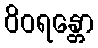
ဝိဝရန္တော